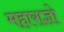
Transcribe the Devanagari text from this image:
महाराज्ञो